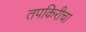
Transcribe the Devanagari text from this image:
तपकिरीचा